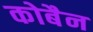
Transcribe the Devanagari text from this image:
कोबैन